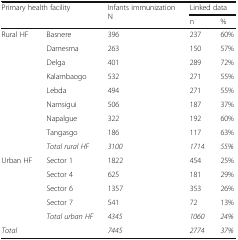
<table><thead><tr><td rowspan="2" colspan="2"><b>Primary health facility</b></td><td rowspan="2"><b>Infants immunizationN</b></td><td colspan="2"><b>Linked data</b></td></tr><tr><td><b>n</b></td><td><b>%</b></td></tr></thead><tbody><tr><td rowspan="9">Rural HF</td><td>Basnere</td><td>396</td><td>237</td><td>60%</td></tr><tr><td>Damesma</td><td>263</td><td>150</td><td>57%</td></tr><tr><td>Delga</td><td>401</td><td>289</td><td>72%</td></tr><tr><td>Kalambaogo</td><td>532</td><td>271</td><td>55%</td></tr><tr><td>Lebda</td><td>494</td><td>271</td><td>55%</td></tr><tr><td>Namsigui</td><td>506</td><td>187</td><td>37%</td></tr><tr><td>Napalgue</td><td>322</td><td>192</td><td>60%</td></tr><tr><td>Tangasgo</td><td>186</td><td>117</td><td>63%</td></tr><tr><td><i>Total rural HF</i></td><td><i>3100</i></td><td><i>1714</i></td><td><i>55%</i></td></tr><tr><td rowspan="5">Urban HF</td><td>Sector 1</td><td>1822</td><td>454</td><td>25%</td></tr><tr><td>Sector 4</td><td>625</td><td>181</td><td>29%</td></tr><tr><td>Sector 6</td><td>1357</td><td>353</td><td>26%</td></tr><tr><td>Sector 7</td><td>541</td><td>72</td><td>13%</td></tr><tr><td><i>Total urban HF</i></td><td><i>4345</i></td><td><i>1060</i></td><td><i>24%</i></td></tr><tr><td colspan="2"><i>Total</i></td><td><i>7445</i></td><td><i>2774</i></td><td><i>37%</i></td></tr></tbody></table>